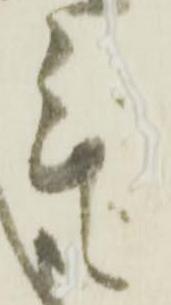
無